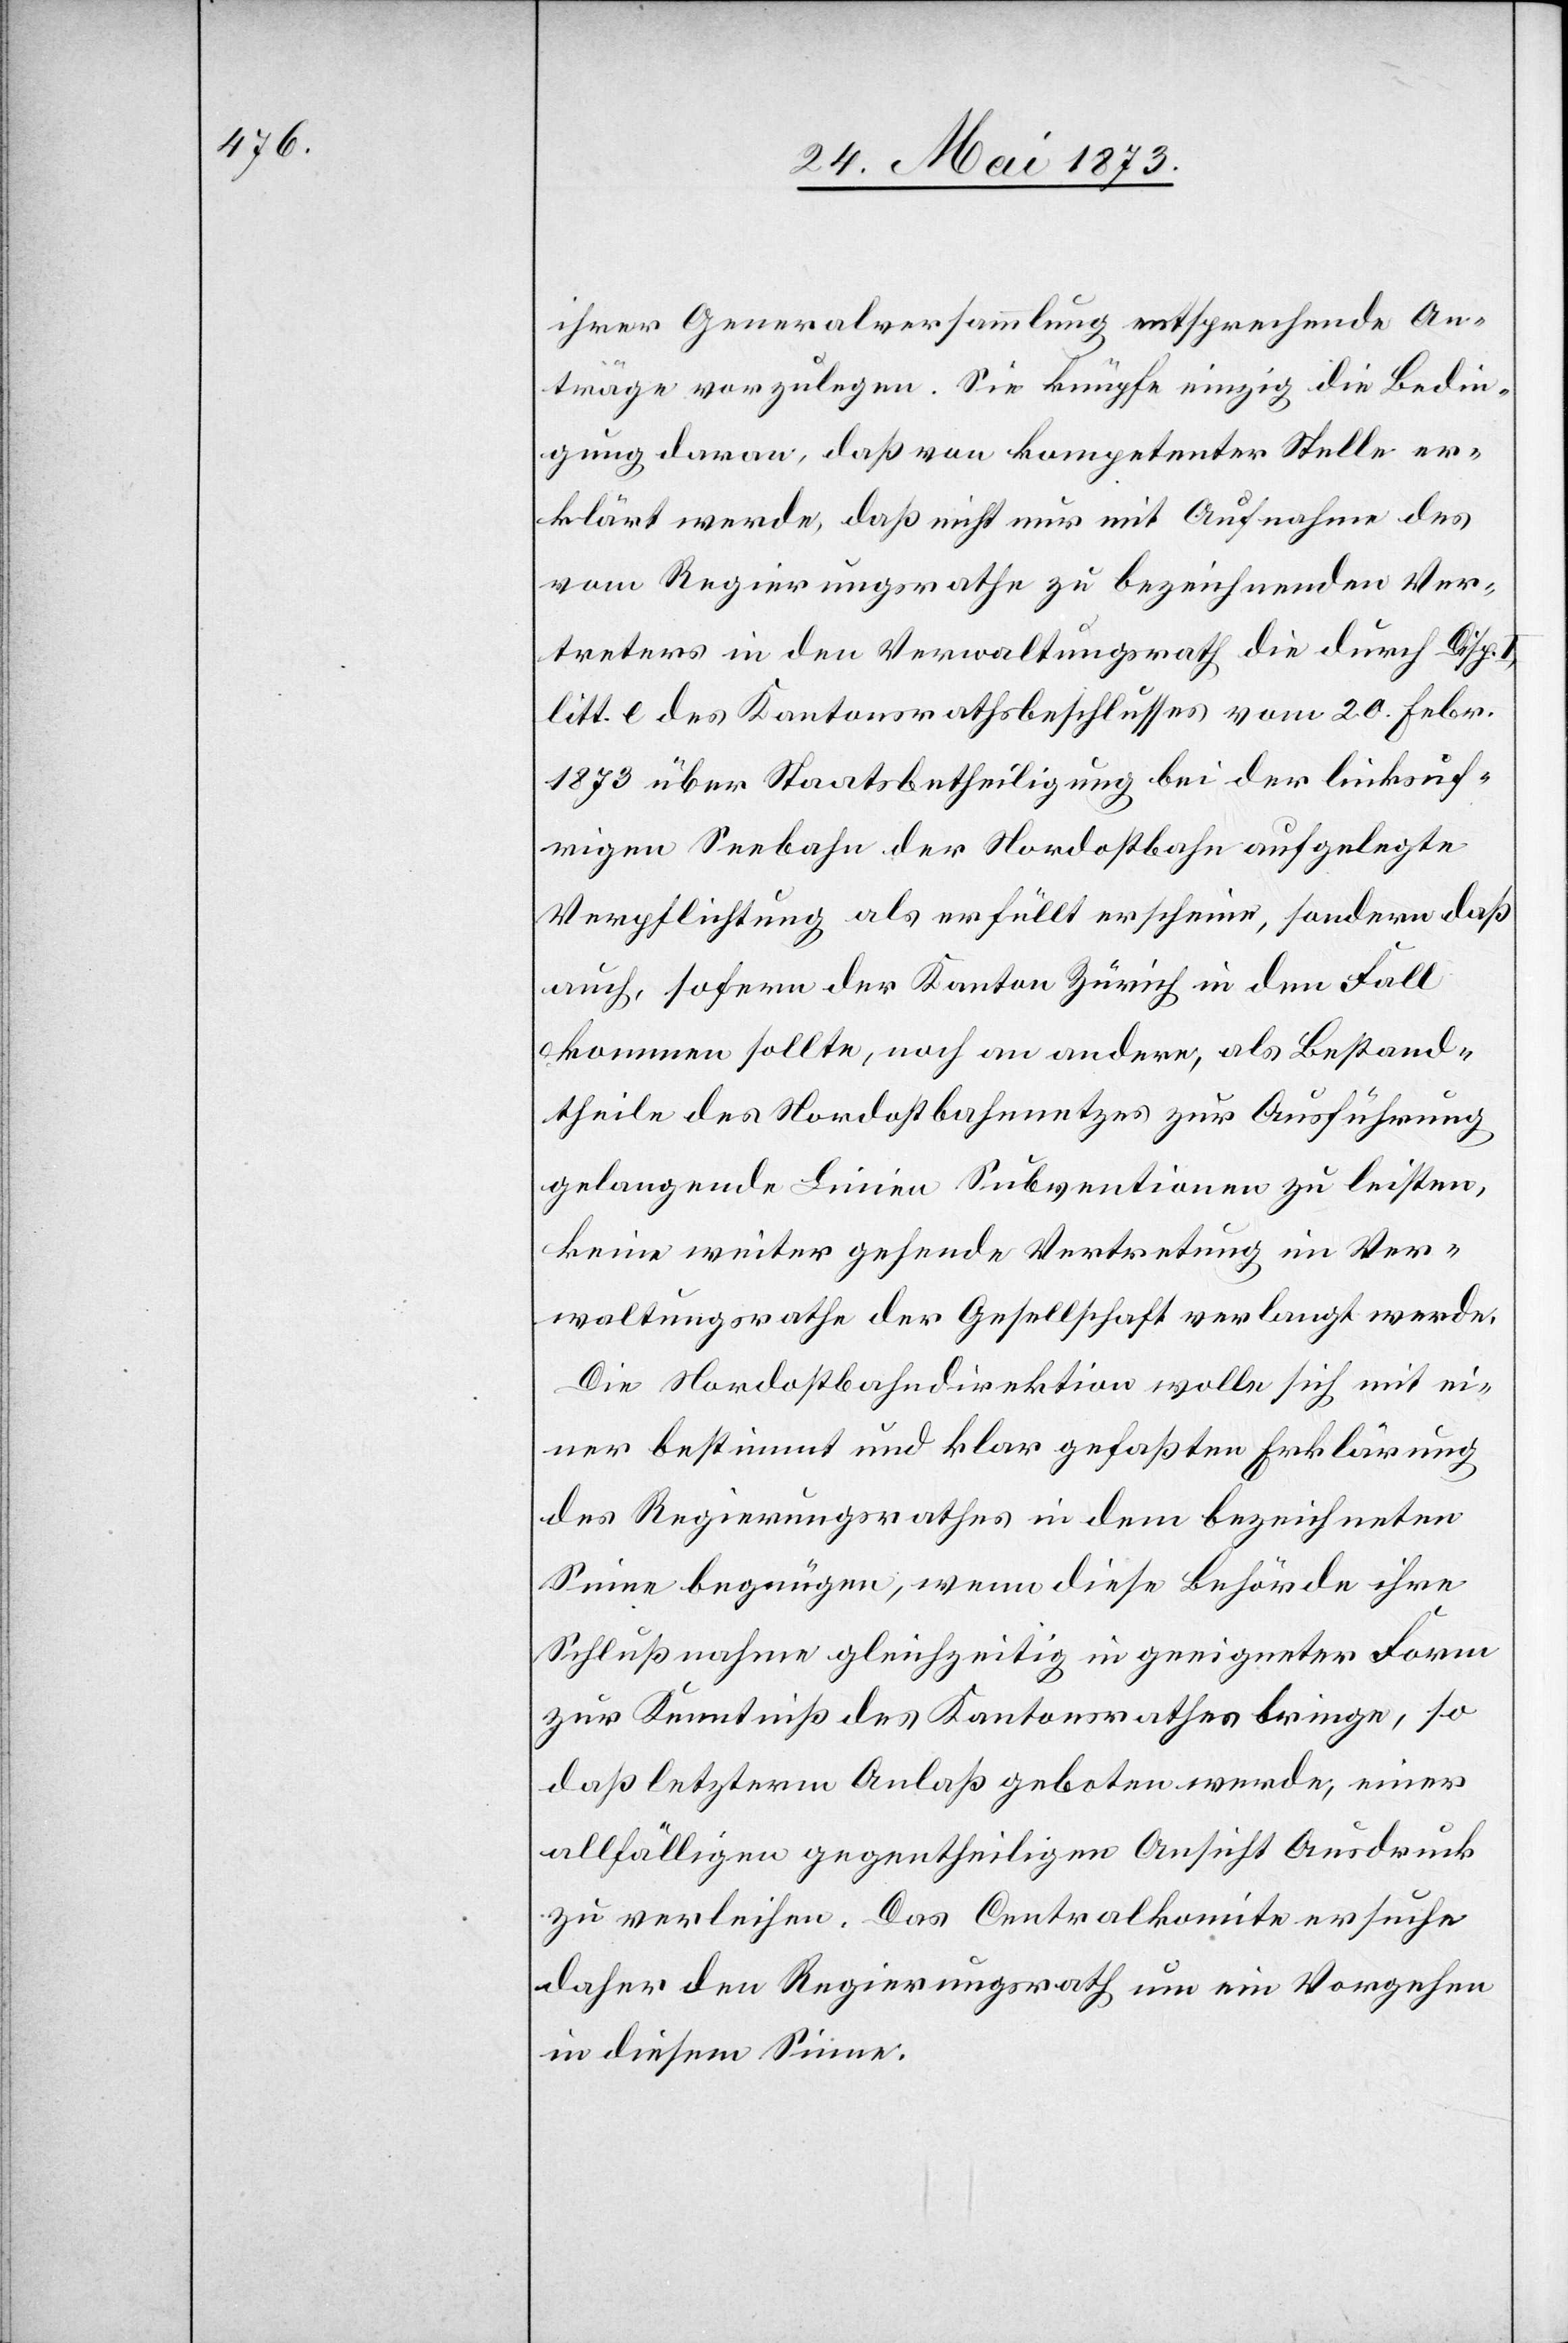
ihrer Generalversammlung entsprechende An¬
träge vorzulegen. Sie knüpfe einzig die Bedin¬
gung daran, daß von kompetenter Stelle er¬
klärt werde, daß nicht nur mit Aufnahme des
vom Regierungsrathe zu bezeichnenden Ver¬
treters in den Verwaltungsrath die durch Disp.
litt. e des Kantonsrathsbeschlusses vom 20. Febr.
1873 über Staatsbetheiligung bei der linksuf¬
rigen Seebahn der Nordostbahn aufgelegte
Verpflichtung als erfüllt erscheine, sondern daß
auch, sofern der Kanton Zürich in den Fall
kommen sollte, noch an andern, als Bestand¬
theile des Nordostbahnnetzes zur Ausführung
gelangende Linien Subventionen zu leisten,
keine weiter gehende Vertretung im Ver¬
waltungsrathe der Gesellschaft verlangt werde.
Die Nordostbahndirektion wolle sich mit ei¬
ner bestimmt und klar gefaßten Erklärung
des Regierungsrathes in dem bezeichneten
Sinne begnügen, wenn diese Behörde ihre
Schlußnahme gleichzeitig in geeigneter Form
zur Kenntniß des Kantonsrathes bringe, so
daß letzterm Anlaß geboten werde, einer
allfälligen gegentheiligen Ansicht Ausdruck
zu verleihen. Das Centralkomite ersuche
daher den Regierungsrath um ein Vorgehen
in diesem Sinne.